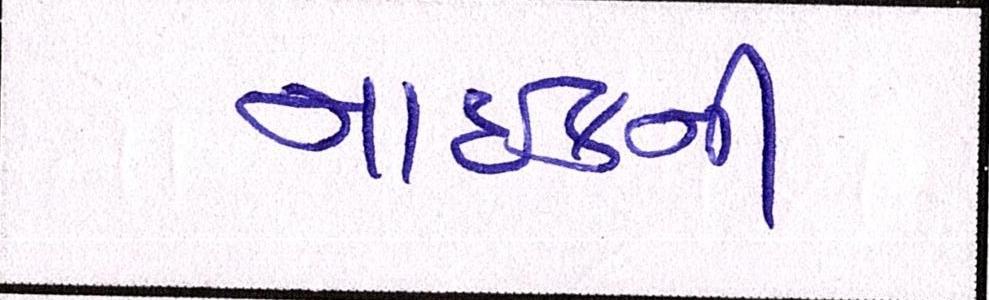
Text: નાઈકની